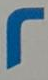
2